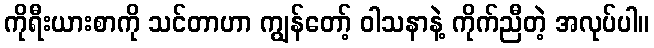
ကိုရီးယားစာကို သင်တာဟာ ကျွန်တော့် ဝါသနာနဲ့ ကိုက်ညီတဲ့ အလုပ်ပါ။